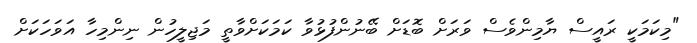
"މިކަމަކީ ރައީސް ޔާމިންވެސް ވަރަށް ބޮޑަށް ބޭނުންފުޅުވާ ކަމަކަށްވާތީ މަޖިލީހުން ނިންމިހާ އަވަހަކަށް